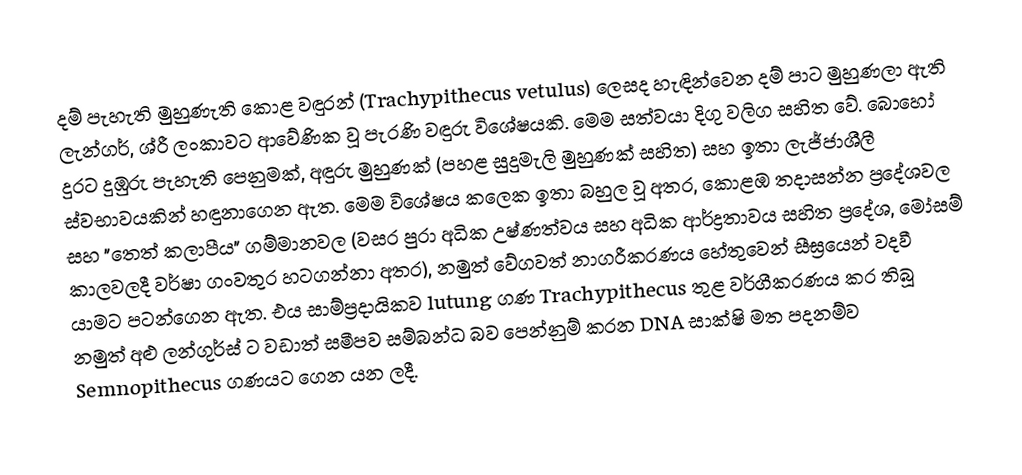
දම් පැහැති මුහුණැති කොළ වඳුරන් (Trachypithecus vetulus) ලෙසද හැඳින්වෙන දම් පාට මුහුණලා ඇති ලැන්ගර්, ශ්රී ලංකාවට ආවේණික වූ පැරණි වඳුරු විශේෂයකි.  මෙම සත්වයා දිගු වලිග සහිත වේ. බොහෝ දුරට දුඹුරු පැහැති පෙනුමක්, අඳුරු මුහුණක් (පහළ සුදුමැලි මුහුණක් සහිත) සහ ඉතා ලැජ්ජාශීලී ස්වභාවයකින් හඳුනාගෙන ඇත.  මෙම විශේෂය කලෙක ඉතා බහුල වූ අතර, කොළඹ තදාසන්න ප්‍රදේශවල සහ "තෙත් කලාපීය" ගම්මානවල (වසර පුරා අධික උෂ්ණත්වය සහ අධික ආර්ද්‍රතාවය සහිත ප්‍රදේශ, මෝසම් කාලවලදී වර්ෂා ගංවතුර  හටගන්නා අතර), නමුත් වේගවත් නාගරීකරණය  හේතුවෙන් සීඝ්‍රයෙන් වදවී යාමට පටන්ගෙන ඇත. එය සාම්ප්‍රදායිකව lutung ගණ Trachypithecus  තුළ වර්ගීකරණය කර තිබූ නමුත් අළු ලන්ගුර්ස් ට වඩාත් සමීපව සම්බන්ධ බව පෙන්නුම් කරන DNA සාක්ෂි මත පදනම්ව Semnopithecus ගණයට ගෙන යන ලදී.